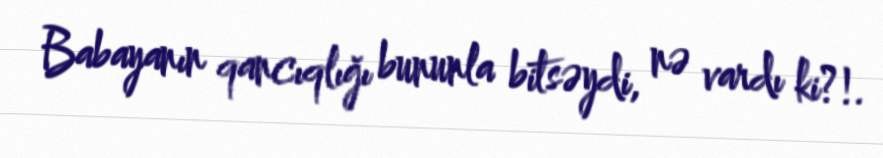
Babayanın qancıqlığı bununla bitsəydi, nə vardı ki?!.